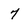
Character: 7